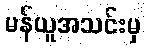
မန်ယူအသင်းမှ